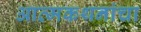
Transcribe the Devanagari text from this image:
आत्मकथनांचा